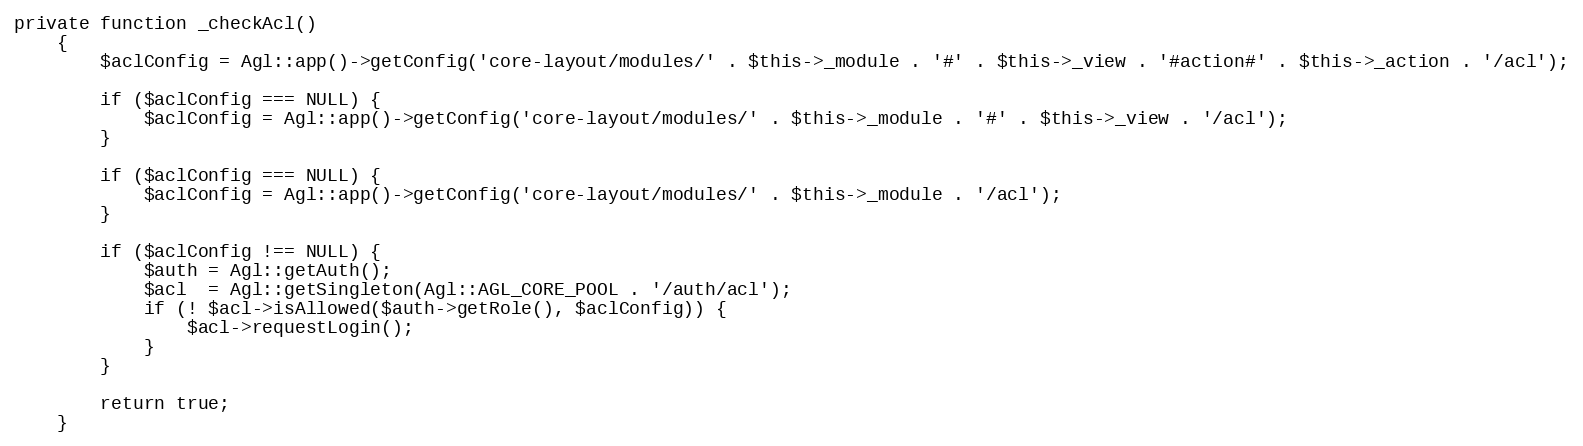
Language: PHP
private function _checkAcl()
	{
		$aclConfig = Agl::app()->getConfig('core-layout/modules/' . $this->_module . '#' . $this->_view . '#action#' . $this->_action . '/acl');

		if ($aclConfig === NULL) {
			$aclConfig = Agl::app()->getConfig('core-layout/modules/' . $this->_module . '#' . $this->_view . '/acl');
		}

		if ($aclConfig === NULL) {
			$aclConfig = Agl::app()->getConfig('core-layout/modules/' . $this->_module . '/acl');
		}

    	if ($aclConfig !== NULL) {
			$auth = Agl::getAuth();
			$acl  = Agl::getSingleton(Agl::AGL_CORE_POOL . '/auth/acl');
			if (! $acl->isAllowed($auth->getRole(), $aclConfig)) {
	    		$acl->requestLogin();
	    	}
        }

        return true;
	}